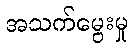
အသက်မွေးမှု